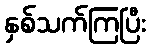
နှစ်သက်ကြပြီး